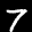
Label: 7